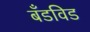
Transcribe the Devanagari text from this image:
बँडविड